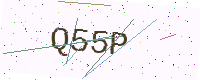
Text: Q55P